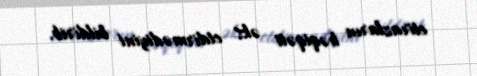
etirazların həqiqəti əks etdirmədiyini bildirib.